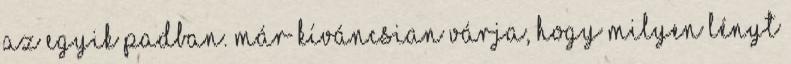
az egyik padban. Már kíváncsian várja, hogy milyen lényt